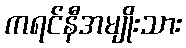
ကရင်နီအမျိုးသား